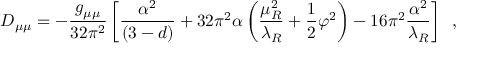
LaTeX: D _ { \mu \mu } = - \frac { g _ { \mu \mu } } { 3 2 \pi ^ { 2 } } \left[ \frac { \alpha ^ { 2 } } { ( 3 - d ) } + 3 2 \pi ^ { 2 } \alpha \left( \frac { \mu _ { R } ^ { 2 } } { \lambda _ { R } } + \frac { 1 } { 2 } \varphi ^ { 2 } \right) - 1 6 \pi ^ { 2 } \frac { \alpha ^ { 2 } } { \lambda _ { R } } \right] \; \; ,